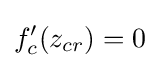
f_{c}'(z_{cr})=0